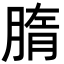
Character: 𦝦